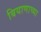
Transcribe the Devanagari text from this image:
बियाणाच्या